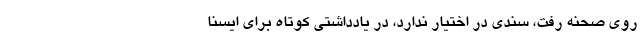
روی صحنه رفت، سندی در اختیار ندارد، در یادداشتی کوتاه برای ایسنا